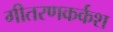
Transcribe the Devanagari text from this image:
गीतरणकर्कश